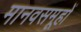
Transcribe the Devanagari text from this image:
मानवसमूहों